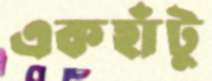
একহাঁটু